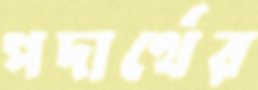
পদার্থের